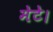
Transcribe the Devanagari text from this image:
मेटे।